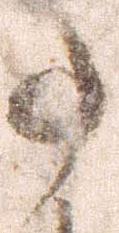
事